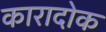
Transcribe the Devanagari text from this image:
कारादोक